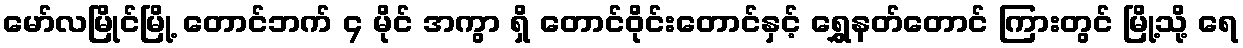
မော်လမြိုင်မြို့ တောင်ဘက် ၄ မိုင် အကွာ ရှိ တောင်ဝိုင်းတောင်နှင့် ရွှေနတ်တောင် ကြားတွင် မြို့သို့ ရေ